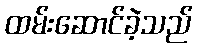
ထမ်းဆောင်ခဲ့သည်